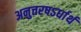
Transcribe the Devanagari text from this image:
अनुत्तरषऽर्धार्थ